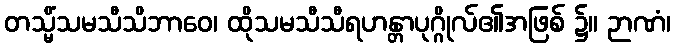
တသ္မိံသမသီသိဘာဝေ၊ ထိုသမသီသီရဟန္တာပုဂ္ဂိုလ်၏အဖြစ် ၌။ ဉာဏံ၊